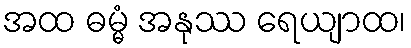
အထ ဓမ္မံ အနုဿ ရေယျာထ၊